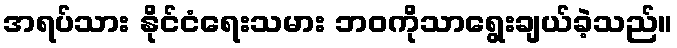
အရပ်သား နိုင်ငံရေးသမား ဘဝကိုသာရွေးချယ်ခဲ့သည်။